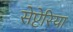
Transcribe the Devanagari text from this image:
सेप्टेरिया